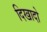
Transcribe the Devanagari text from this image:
दिखादो